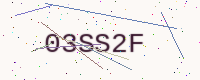
Text: 03SS2F